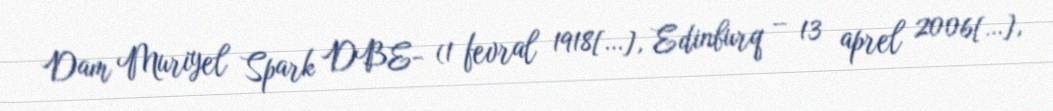
Dam Muriyel Spark DBE- (1 fevral 1918[…], Edinburq – 13 aprel 2006[…],